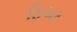
ફિચર